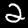
Label: 2